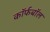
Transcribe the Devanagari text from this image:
कॉर्फबॉल